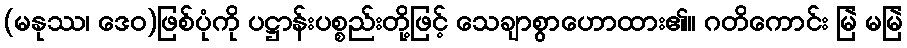
(မနုဿ၊ ဒေဝ)ဖြစ်ပုံကို ပဋ္ဌာန်းပစ္စည်းတို့ဖြင့် သေချာစွာဟောထား၏။ ဂတိကောင်း မြဲ မမြဲ